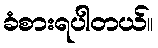
ခံစားရပါတယ်။